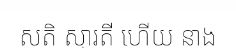
សតិ ស្មារតី ហើយ នាង